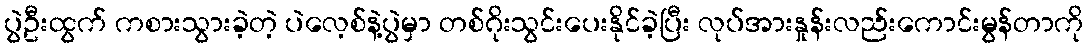
ပွဲဦးထွက် ကစားသွားခဲ့တဲ့ ပဲလေ့စ်နဲ့ပွဲမှာ တစ်ဂိုးသွင်းပေးနိုင်ခဲ့ပြီး လုပ်အားနှုန်းလည်းကောင်းမွန်တာကို